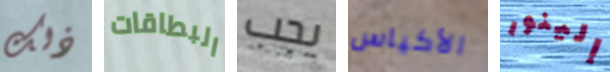
ذلك البطاقات يجب الأكياس إلينور